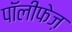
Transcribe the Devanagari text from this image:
पॉलीफेज़